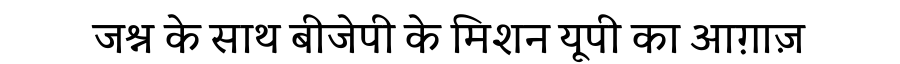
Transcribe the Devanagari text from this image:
जश्न के साथ बीजेपी के मिशन यूपी का आग़ाज़